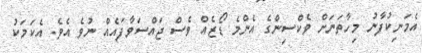
އެމަނިކުފާނު މިހާތަނަށް ވެކްސިންގެ އެންމެ ޑޯޒެއް ވެސް ޖައްސަވާފައެއް ނުވެ އެވެ. އެކަމަކު